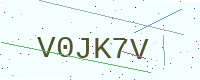
Text: V0JK7V